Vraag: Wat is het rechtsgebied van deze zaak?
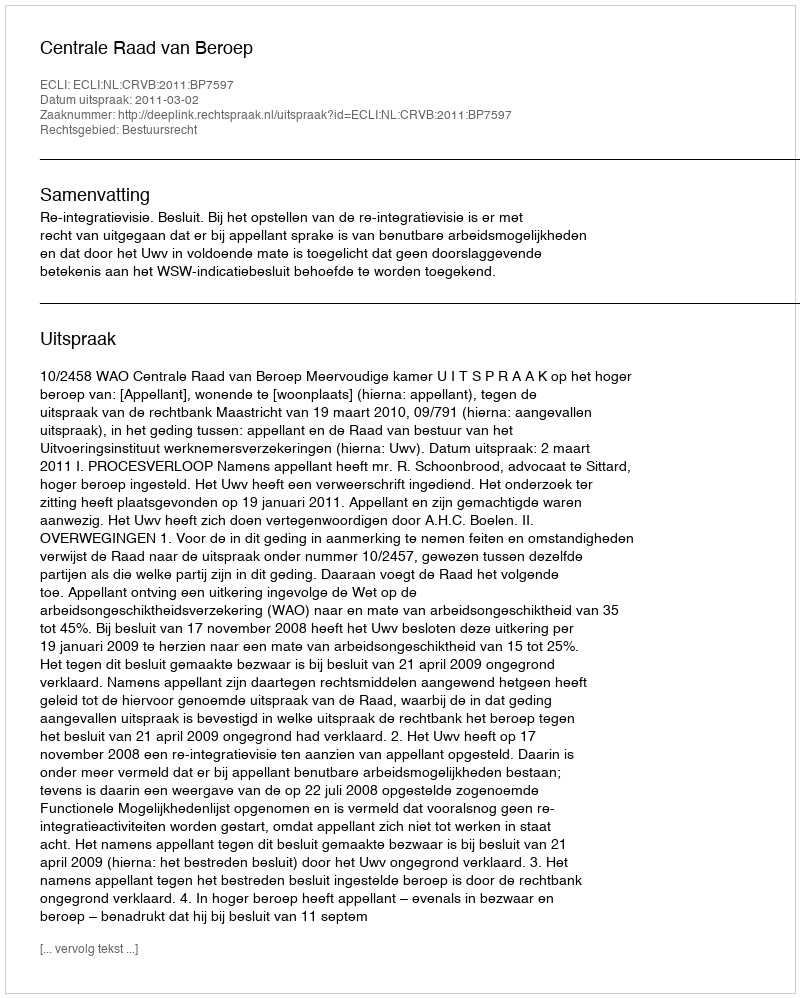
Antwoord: Bestuursrecht